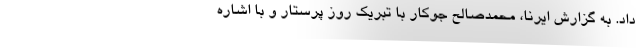
داد. به گزارش ایرنا، محمدصالح جوکار با تبریک روز پرستار و با اشاره